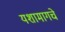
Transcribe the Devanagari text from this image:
यशामागचे